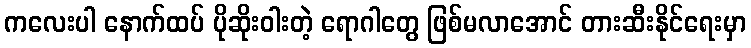
ကလေးပါ နောက်ထပ် ပိုဆိုးဝါးတဲ့ ရောဂါတွေ ဖြစ်မလာအောင် တားဆီးနိုင်ရေးမှာ